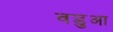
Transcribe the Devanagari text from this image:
वडुआ